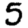
Digit: 5